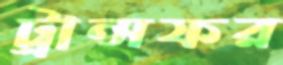
ট্রান্সফর